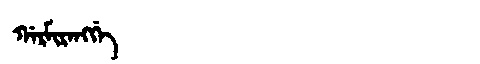
Manchu: ᡤᠠᡵᠮᡳᡵᠠᠩᡤᡝ
Romanization: GARMIRANGGE